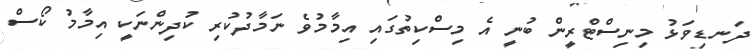
ދަނޑިވަޅު މިނިސްޓްރީން ބުނީ އެ މިސްކިތުގައި އިމާމުވެ ނަމާދުކުރި ކުދިންނަކީ އިމާމު ކޯސް